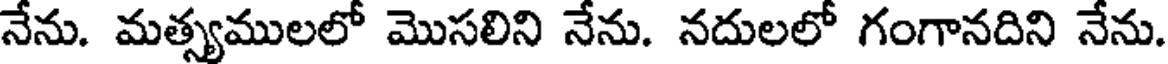
నేను. మత్స్యములలో మొసలిని నేను. నదులలో గంగానదిని నేను.